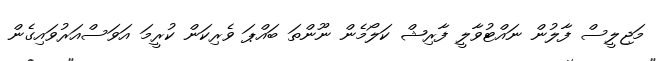
މަޖިލީސް ފާލުން ނައްޓުވާލީ ފާރިޝް ކަލޯމެން ނޫންތަ ބައްޕަ ވެރިކަން ކުރީމަ އަވަސްއަރުވައިގެން